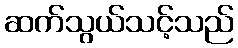
ဆက်သွယ်သင့်သည်